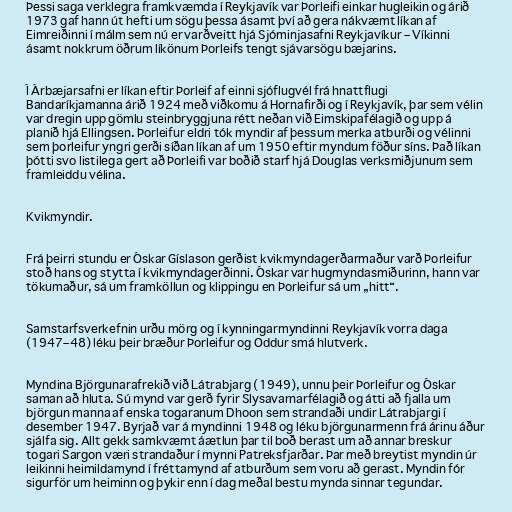
Þessi saga verklegra framkvæmda í Reykjavík var Þorleifi einkar hugleikin og árið
1973 gaf hann út hefti um sögu þessa ásamt því að gera nákvæmt líkan af
Eimreiðinni í málm sem nú er varðveitt hjá Sjóminjasafni Reykjavíkur – Víkinni
ásamt nokkrum öðrum líkönum Þorleifs tengt sjávarsögu bæjarins.

Í Árbæjarsafni er líkan eftir Þorleif af einni sjóflugvél frá hnattflugi
Bandaríkjamanna árið 1924 með viðkomu á Hornafirði og í Reykjavík, þar sem vélin
var dregin upp gömlu steinbryggjuna rétt neðan við Eimskipafélagið og upp á
planið hjá Ellingsen. Þorleifur eldri tók myndir af þessum merka atburði og vélinni
sem þorleifur yngri gerði síðan líkan af um 1950 eftir myndum föður síns. Það líkan
þótti svo listilega gert að Þorleifi var boðið starf hjá Douglas verksmiðjunum sem
framleiddu vélina.

Kvikmyndir.

Frá þeirri stundu er Óskar Gíslason gerðist kvikmyndagerðarmaður varð Þorleifur
stoð hans og stytta í kvikmyndagerðinni. Óskar var hugmyndasmiðurinn, hann var
tökumaður, sá um framköllun og klippingu en Þorleifur sá um „hitt“.

Samstarfsverkefnin urðu mörg og í kynningarmyndinni Reykjavík vorra daga
(1947–48) léku þeir bræður Þorleifur og Oddur smá hlutverk.

Myndina Björgunarafrekið við Látrabjarg (1949), unnu þeir Þorleifur og Óskar
saman að hluta. Sú mynd var gerð fyrir Slysavarnarfélagið og átti að fjalla um
björgun manna af enska togaranum Dhoon sem strandaði undir Látrabjargi í
desember 1947. Byrjað var á myndinni 1948 og léku björgunarmenn frá árinu áður
sjálfa sig. Allt gekk samkvæmt áætlun þar til boð berast um að annar breskur
togari Sargon væri strandaður í mynni Patreksfjarðar. Þar með breytist myndin úr
leikinni heimildamynd í fréttamynd af atburðum sem voru að gerast. Myndin fór
sigurför um heiminn og þykir enn í dag meðal bestu mynda sinnar tegundar.